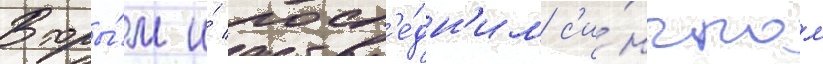
Вторы́м и́ посл'е́дн'им с'и́нглом